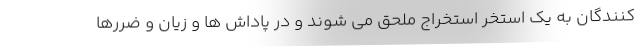
کنندگان به یک استخر استخراج ملحق می شوند و در پاداش ها و زیان و ضررها